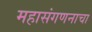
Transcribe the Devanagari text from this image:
महासंगणनाचा